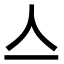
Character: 亼